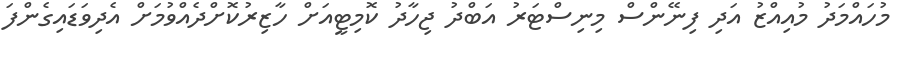
މުހައްމަދު މުއިއްޒު އަދި ފިނޭންސް މިނިސްޓަރު އަބްދު ޖިހާދު ކޮމިޓީއަށް ހާޒިރުކޮށްދެއްވުމަށް އެދިވަޑައިގެންފަ